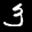
Label: 3